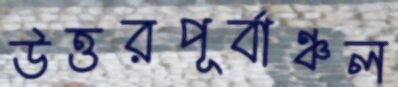
উত্তরপূর্বাঞ্চল